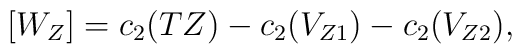
[W_{Z}] = c_{2}(TZ) - c_{2}(V_{Z1}) - c_{2}(V_{Z2}) ,